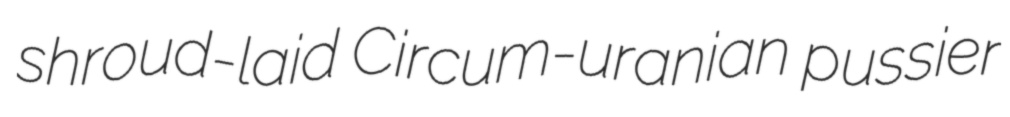
shroud-laid Circum-uranian pussier